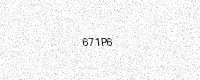
Text: 671P6